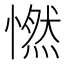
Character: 㦓